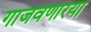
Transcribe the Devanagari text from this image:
गाजवणारया